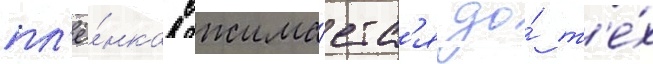
пл'ё́нка сжима́етс'я до́ т'е́х